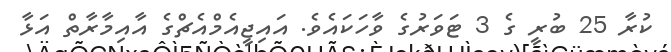
ކުރާ 25 ބުރީ ގެ 3 ޓަވަރުގެ ވާހަކައެވެ. އައިޖީއެމްއެޗްގެ އާއިމާރާތް އަޅާ